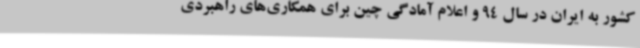
کشور به ایران در سال 94 و اعلام آمادگی چین برای همکاری‌های راهبردی